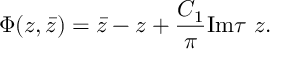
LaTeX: \Phi ( z , \bar { z } ) = \bar { z } - z + \frac { C _ { 1 } } { \pi } \mathrm { I m } \tau ~ z .